Leaving Certificate, 1899
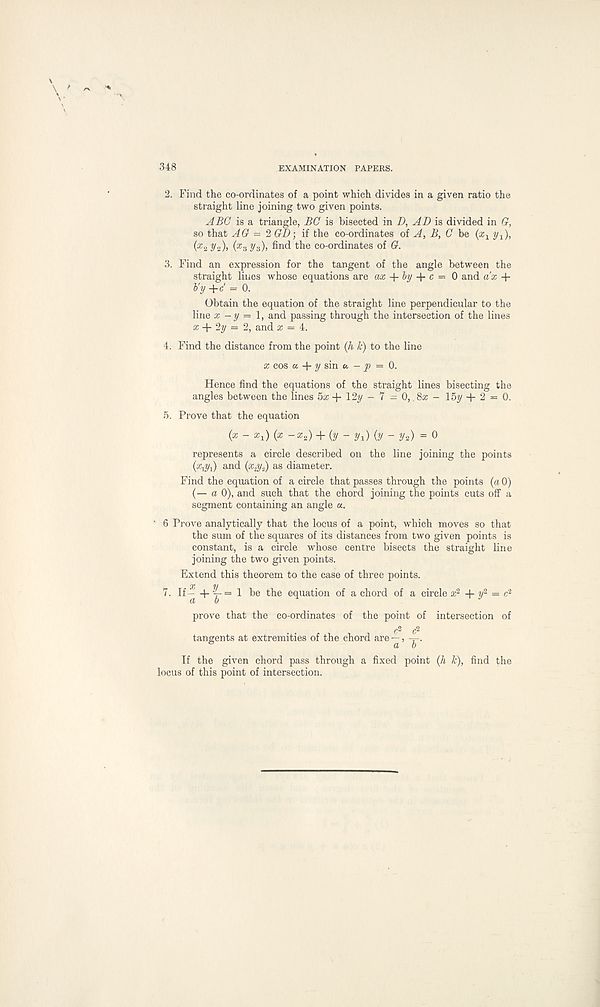
348
EXAMINATION PAPERS.
2. Find the co-ordinates of a point which divides in a given ratio the
straight line joining two given points.
ABC is a triangle, BC is bisected in D, AD is divided in G,
so that AG = 2 GI); if the co-ordinates of A, B, C be (x 1 y^),
{ x 2 Hz), ( x s Vs)) find the co-ordinates of G.
3. Find an expression for the tangent of the angle between the
straight lines whose equations are ax by c =- - 0 and ax +
b' y +c' = 0.
Obtain the equation of the straight line perpendicular to the
line x -y = 1, and passing through the intersection of the lines
% + 2y = 2, and a: = 4.
4. Find the distance from the point (h k) to the line
x cos a y sin u — p — Q.
Hence find the equations of the straight lines bisecting the
angles between the lines hx-\- \2y - 1 = 0,. 8x - 15y + 2 = 0.
5. Prove that the equation
(x - X x ) {x — x 2 ) + {y - y x ) (y - y 2 ) = 0
represents a circle described on the line joining the points
(x,^) and (xg/t) as diameter.
Find the equation of a circle that passes through the points (a 0)
(— a 0), and such that the chord joining the points cuts off a
segment containing an angle a.
1 6 Prove analytically that the locus of a point, which moves so that
the sum of the squares of its distances from two given points is
constant, is a circle whose centre bisects the straight line
joining the two given points.
Extend this theorem to the case of three points.
7. If^ + y = 1 be the equation of a chord of a circle x 2 + y 2 = c 2
prove that the co-ordinates of the point of intersection of
^2 £>2
tangents at extremities of the chord are —, y.
If the given chord pass through a fixed point (A k), find the
locus of this point of intersection.